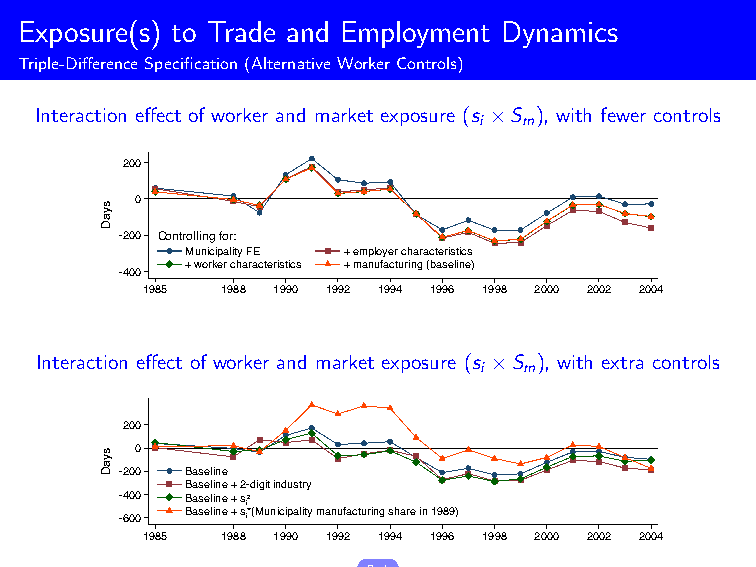
Exposure(s) to Trade and Employment Dynamics
 Triple-DifferenceSpecification(AlternativeWorkerControls)
 Interaction effect of worker and market exposure (s ×S ), with fewer controls
 i  m
 200
 0
 -200 Controlling for:
 Municipality FE + employer characteristics
 + worker characteristics + manufacturing (baseline)
 -400
 1985  1988 1990 1992 1994 1996 1998 2000 2002 2004
 Interaction effect of worker and market exposure (s ×S ), with extra controls
 i  m
 200
 0
 -200 Baseline
 Baseline + 2-digit industry
 -400 Baseline + s i2
 Baseline + s*(Municipality manufacturing share in 1989)
 -600    i
 1985  1988 1990 1992 1994 1996 1998 2000 2002 2004
 Back
 syaD
 syaD